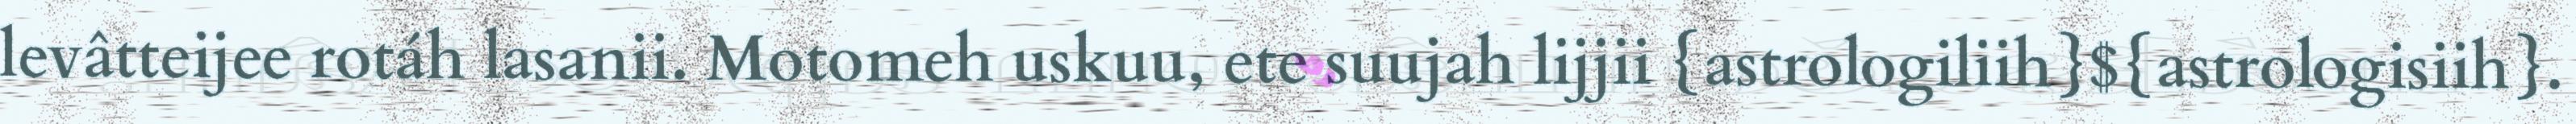
levâtteijee rotáh lasanii. Motomeh uskuu, ete suujah lijjii {astrologiliih}${astrologisiih}.